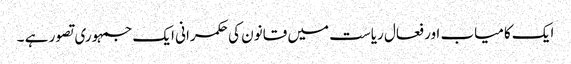
ایک کامیاب اور فعال ریاست میں قانون کی حکمرانی ایک جمہوری تصور ہے ۔